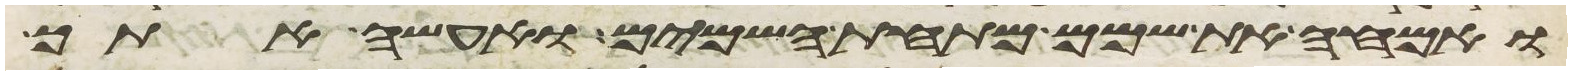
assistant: ואמחה את שמם מתחת השמים ואעשה אתך